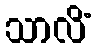
သာလိံ